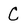
Character: C